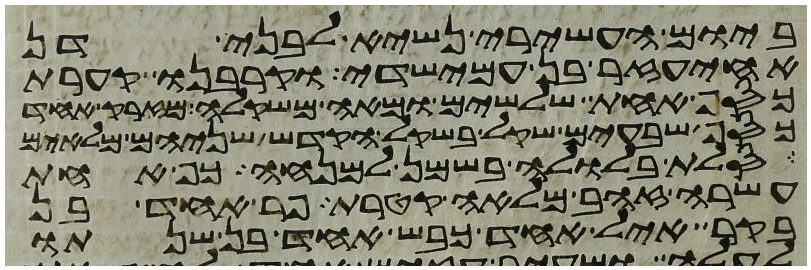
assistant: ביום העשירי נשיא לבני דן
אחיעזר בן עמישדי וקרבנו קערת
כסף אחת שלשים ומאה משקלה מזרק אחד
כסף שבעים שקל בשקל הקדש שניהם מלאים
סלת בלולה בשמן למנחה כף אחת
עשרה זהב מלאה קטרת פר אחד בן
בקר איל אחד כבש אחד בן שנתו